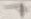
Text: 7